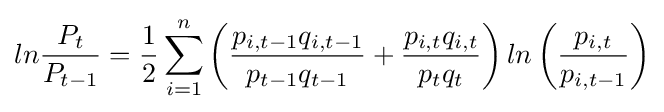
ln{\frac {P_{t}}{P_{t-1}}}={\frac {1}{2}}\sum _{i=1}^{n}\left({\frac {p_{i,t-1}q_{i,t-1}}{p_{t-1}q_{t-1}}}+{\frac {p_{i,t}q_{i,t}}{p_{t}q_{t}}}\right)ln\left({\frac {p_{i,t}}{p_{i,t-1}}}\right)